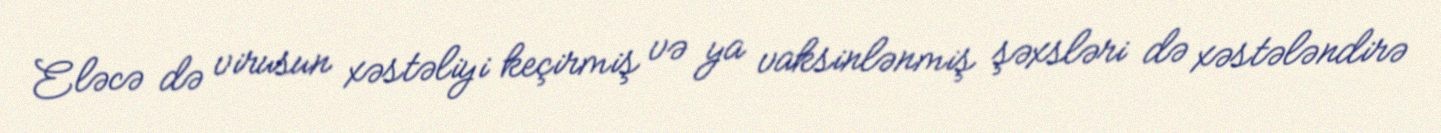
Eləcə də virusun xəstəliyi keçirmiş və ya vaksinlənmiş şəxsləri də xəstələndirə